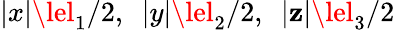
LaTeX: |x|\lel_{1}/2,\ \ |y|\lel_{2}/2,\ \ |\mathbf{z}|\lel_{3}/2